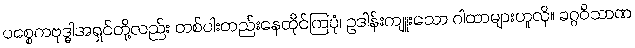
ပစ္စေကဗုဒ္ဓါအရှင်တို့လည်း တစ်ပါးတည်းနေထိုင်ကြပုံ၊ ဥဒါန်းကျူးသော ဂါထာများဟူလို။ ခဂ္ဂဝိသာဏ